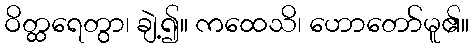
ဝိတ္ထရေတွာ၊ ချဲ့၍။ ကထေသိ၊ ဟောတော်မူ၏။